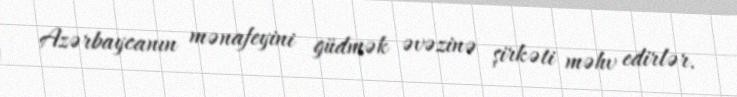
Azərbaycanın mənafeyini güdmək əvəzinə şirkəti məhv edirlər.